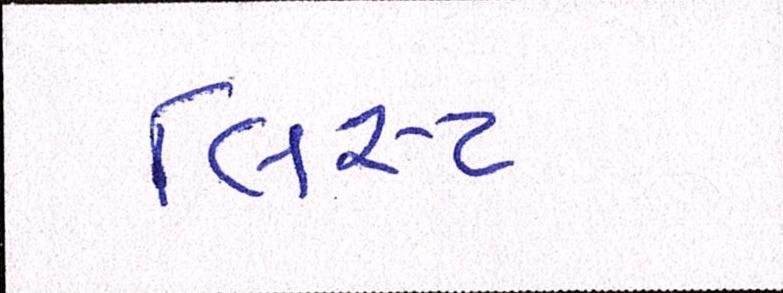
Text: લિસ્ટ